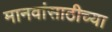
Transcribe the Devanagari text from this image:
मानवांसाठीच्या